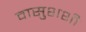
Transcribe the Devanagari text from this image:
वासुशशी